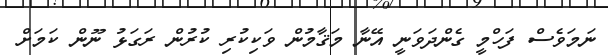
ނަމަވެސް ފަހްމީ ގެންދަވަނީ އޭނާ މަޤާމުން ވަކިކުރި ކުރުން ރަގަޅު ނޫން ކަމަށް